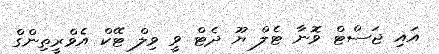
އައި ޖަސްޓް ވޮނާ ޓެލް ޔޫ ދެޓް ވީ ވިލް ޓޭކް އެވްރީތިންގް